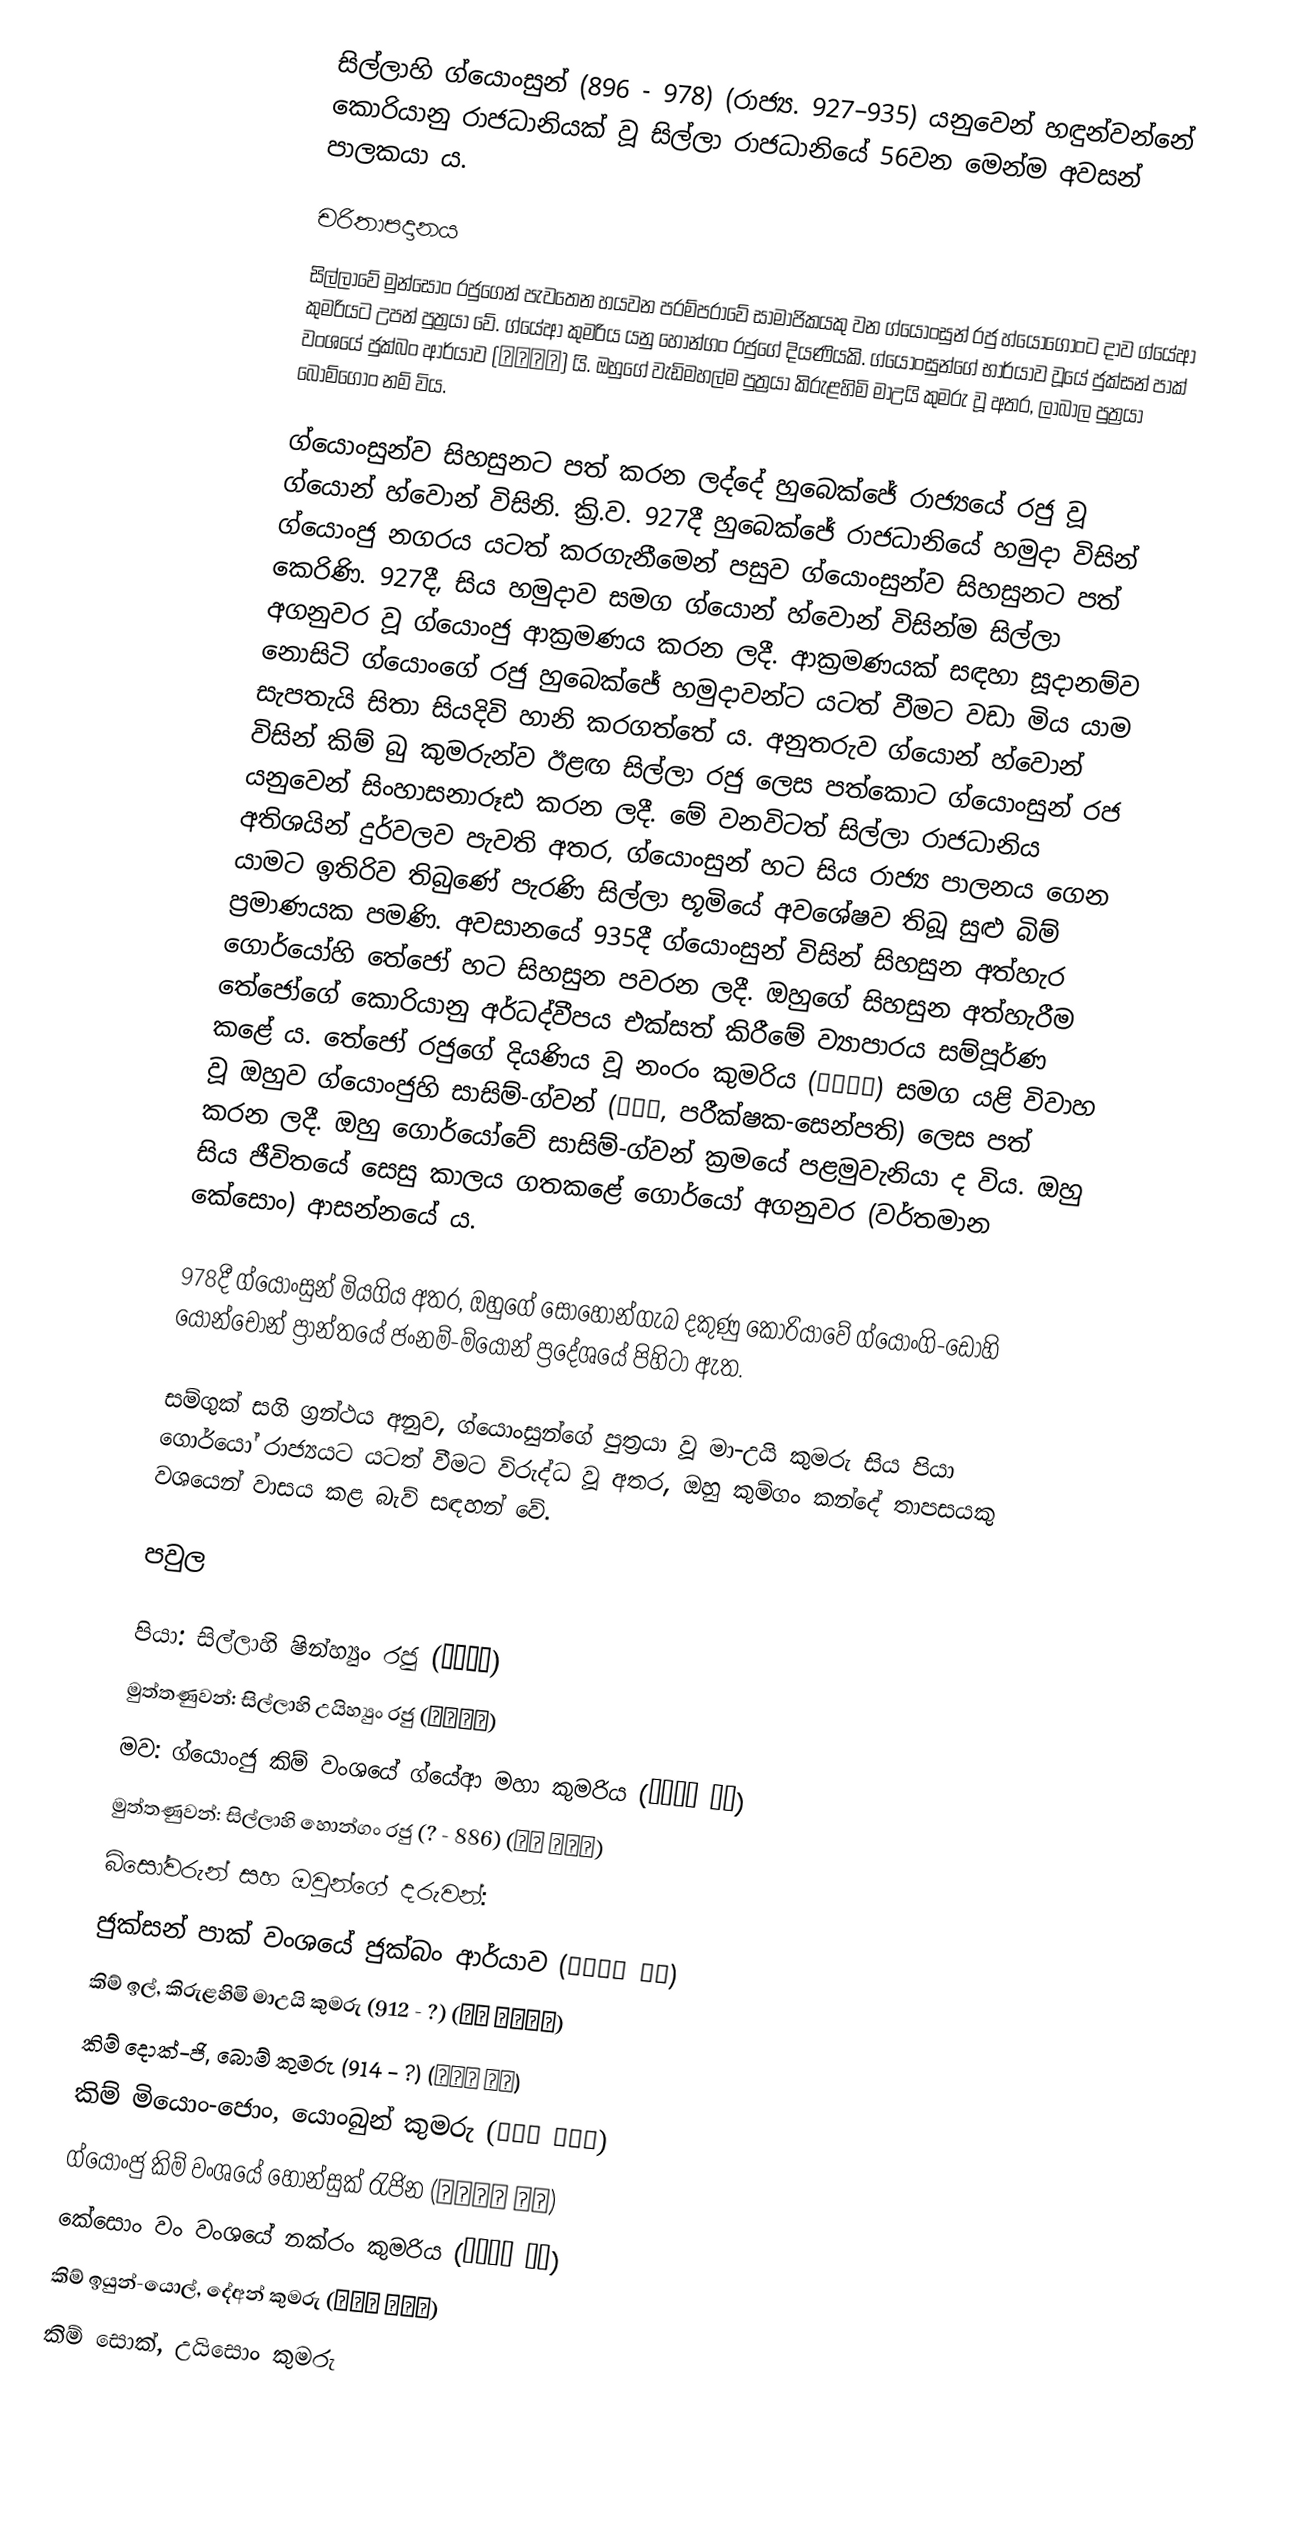
සිල්ලාහි ග්යොංසුන් (896 - 978) (රාජ්‍ය. 927–935) යනුවෙන් හඳුන්වන්නේ කොරියානු රාජධානියක් වූ සිල්ලා රාජධානියේ 56වන මෙන්ම අවසන් පාලකයා ය.

චරිතාපදානය
සිල්ලාවේ මුන්සොං රජුගෙන් පැවතෙන හයවන පරම්පරාවේ සාමාජිකයකු වන ග්යොංසුන් රජු හ්යෝගොංට දාව ග්යේආ කුමරියට උපන් පුත්‍රයා වේ. ග්යේආ කුමරිය යනු හොන්ගං රජුගේ දියණියකි. ග්යොංසුන්ගේ භාර්යාව වූයේ ජුක්සන් පාක් වංශයේ ජුක්බං ආර්යාව (죽방부인) යි. ඔහුගේ වැඩිමහල්ම පුත්‍රයා කිරුළහිමි මාඋයි කුමරු වූ අතර, ලාබාල පුත්‍රයා බොම්ගොං නම් විය.

ග්යොංසුන්ව සිහසුනට පත් කරන ලද්දේ හුබෙක්ජේ රාජ්‍යයේ රජු වූ ග්යොන් හ්වොන් විසිනි. ක්‍රි.ව. 927දී හුබෙක්ජේ රාජධානියේ හමුදා විසින් ග්යොංජු නගරය යටත් කරගැනීමෙන් පසුව ග්යොංසුන්ව සිහසුනට පත් කෙරිණි. 927දී, සිය හමුදාව සමග ග්යොන් හ්වොන් විසින්ම සිල්ලා අගනුවර වූ ග්යොංජු ආක්‍රමණය කරන ලදී. ආක්‍රමණයක් සඳහා සූදානම්ව නොසිටි ග්යොංගේ රජු හුබෙක්ජේ හමුදාවන්ට යටත් වීමට වඩා මිය යාම සැපතැයි සිතා සියදිවි හානි කරගත්තේ ය. අනුතරුව ග්යොන් හ්වොන් විසින් කිම් බු කුමරුන්ව ඊළඟ සිල්ලා රජු ලෙස පත්කොට ග්යොංසුන් රජ යනුවෙන් සිංහාසනාරූඪ කරන ලදී. මේ වනවිටත් සිල්ලා රාජධානිය අතිශයින් දුර්වලව පැවති අතර, ග්යොංසුන් හට සිය රාජ්‍ය පාලනය ගෙන යාමට ඉතිරිව තිබුණේ පැරණි සිල්ලා භූමියේ අවශේෂව තිබූ සුළු බිම් ප්‍රමාණයක පමණි. අවසානයේ 935දී ග්යොංසුන් විසින් සිහසුන අත්හැර ගොර්යෝහි තේජෝ හට සිහසුන පවරන ලදී. ඔහුගේ සිහසුන අත්හැරීම තේජෝගේ කොරියානු අර්ධද්වීපය එක්සත් කිරීමේ ව්‍යාපාරය සම්පූර්ණ කළේ ය. තේජෝ රජුගේ දියණිය වූ නංරං කුමරිය (낙랑공주) සමග යළි විවාහ වූ ඔහුව ග්යොංජුහි සාසිම්-ග්වන් (사심관, පරීක්ෂක-සෙන්පති) ලෙස පත් කරන ලදී. ඔහු ගොර්යෝවේ සාසිම්-ග්වන් ක්‍රමයේ පළමුවැනියා ද විය. ඔහු සිය ජීවිතයේ සෙසු කාලය ගතකළේ ගොර්යෝ අගනුවර (වර්තමාන කේසොං) ආසන්නයේ ය.

978දී ග්යොංසුන් මියගිය අතර, ඔහුගේ සොහොන්ගැබ දකුණු කොරියාවේ ග්යොංගි-ඩෝහි යොන්චොන් ප්‍රාන්තයේ ජංනම්-ම්යොන් ප්‍රදේශයේ පිහිටා ඇත.

සම්ගුක් සගි ග්‍රන්ථය අනුව, ග්යොංසුන්ගේ පුත්‍රයා වූ මා-උයි කුමරු සිය පියා ගොර්යෝ රාජ්‍යයට යටත් වීමට විරුද්ධ වූ අතර, ඔහු කුම්ගං කන්දේ තාපසයකු වශයෙන් වාසය කළ බැව් සඳහන් වේ.

පවුල

පියා: සිල්ලාහි ෂින්හ්‍යුං රජු (신흥대왕)
මුත්තණුවන්: සිල්ලාහි උයිහ්‍යුං රජු (의흥대왕)
මව: ග්යොංජු කිම් වංශයේ ග්යේආ මහා කුමරිය (계아태후 김씨)
මුත්තණුවන්: සිල්ලාහි හොන්ගං රජු (? - 886) (신라 헌강왕)
බිසෝවරුන් සහ ඔවුන්ගේ දරුවන්:
ජුක්සන් පාක් වංශයේ ජුක්බං ආර්යාව (죽방부인 박씨)
කිම් ඉල්, කිරුළහිමි මාඋයි කුමරු (912 - ?) (김일 마의태자)
කිම් දොක්-ජි, බොම් කුමරු (914 - ?) (김덕지 범공)
කිම් මියොං-ජොං, යොංබුන් කුමරු (김명종 영분공)
ග්යොංජු කිම් වංශයේ හොන්සුක් රැජින (헌숙왕후 김씨)
කේසොං වං වංශයේ නක්රං කුමරිය (낙랑공주 왕씨)
කිම් ඉයුන්-යොල්, දේඅන් කුමරු (김은열 대안군)
කිම් සොක්, උයිසොං කුමරු